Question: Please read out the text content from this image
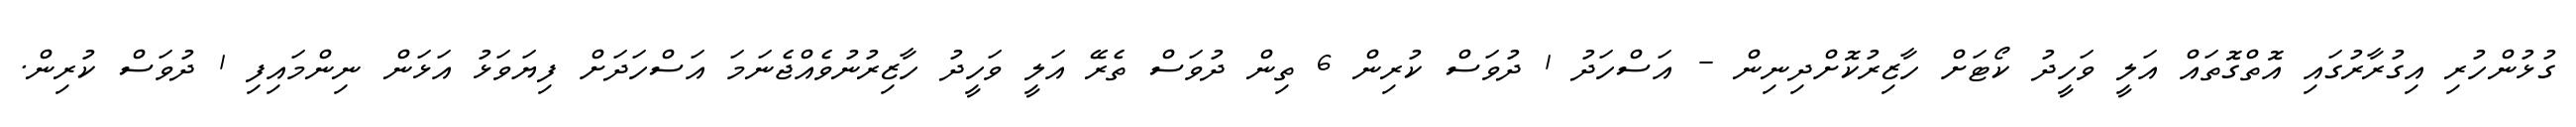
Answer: ގުޅުންހުރި އިގުރާރުގައި އޮތްގޮތައް އަލީ ވަހީދު ކޯޓަށް ހާޒިރުކޮށްދިނިން - އަސްހަދު 1 ދުވަސް ކުރިން 6 ތިން ދުވަސް ތެރޭ އަލީ ވަހީދު ހާޒިރުނުވެއްޖެނަމަ އަސްހަދަށް ފިޔަވަޅު އަޅަން ނިންމައިފި 1 ދުވަސް ކުރިން.